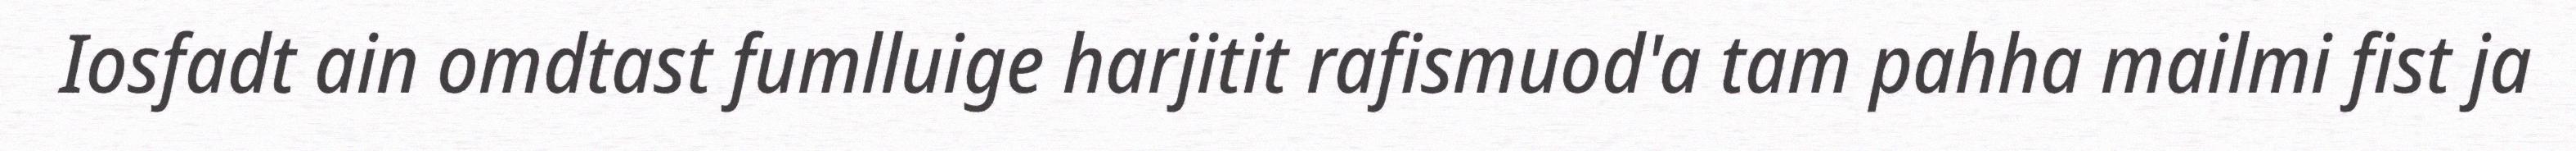
Iosfadt ain omdtast fumlluige harjitit rafismuod'a tam pahha mailmi fist ja